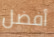
أفضل